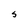
Character: S